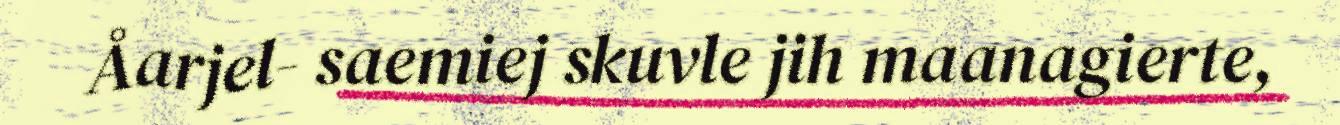
Åarjel- saemiej skuvle jih maanagierte,